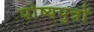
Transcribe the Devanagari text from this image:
पोष्यपुत्रों